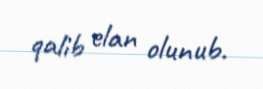
qalib elan olunub.